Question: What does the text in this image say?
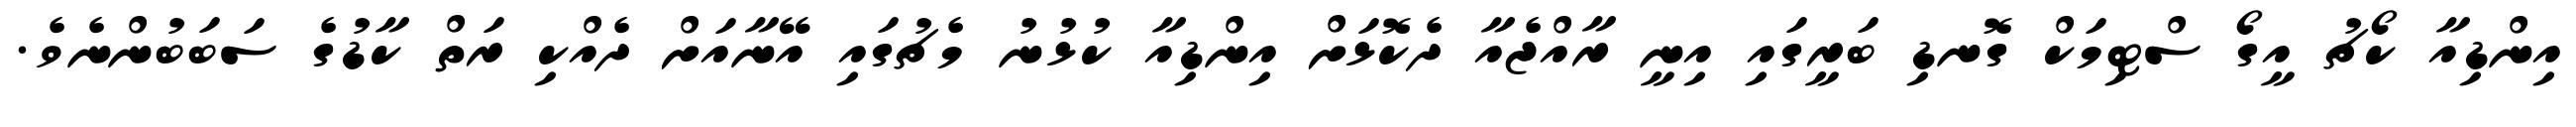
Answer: އިންޑިއާ ކޯޗު އީގޯ ސްޓިމަކް ގޮނޑި ބަރީގައި އިނީ ރާއްޖެއާ ދެކޮޅަށް އިންޑިއާ ކުޅުނު މެޗުގައި އޭނާއަށް ދެއްކި ރަތް ކާޑުގެ ސަބަބުންނެވެ.